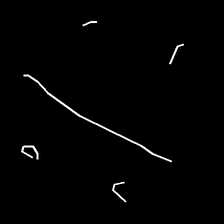
Glyph: cool